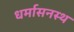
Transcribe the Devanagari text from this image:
धर्मासनस्थ